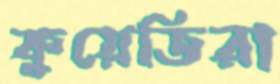
কুয়েতিরা